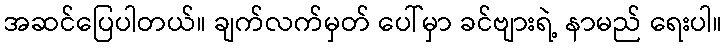
အဆင်ပြေပါတယ်။ ချက်လက်မှတ် ပေါ်မှာ ခင်ဗျားရဲ့ နာမည် ရေးပါ။